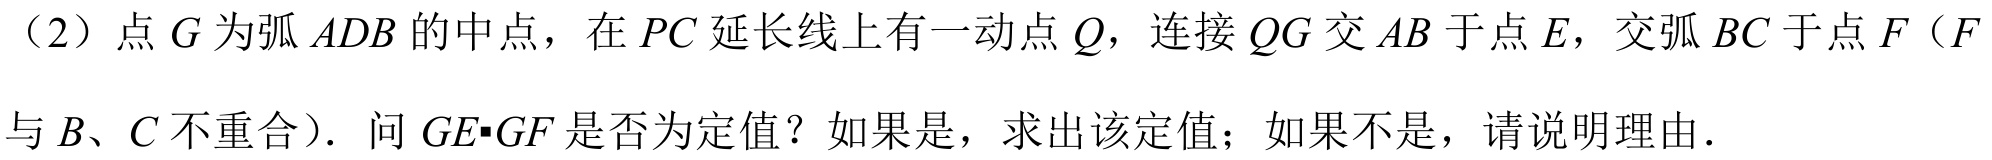
（2）点\(G\)为弧\(ADB\)的中点，在\(PC\)延长线上有一动点\(Q\)，连接\(QG\)交\(AB\)于点\(E\)，交弧\(BC\)于点\(F\)（\(F\)
与\(B、C\)不重合）．问\(GE\cdot GF\)是否为定值？如果是，求出该定值；如果不是，请说明理由．